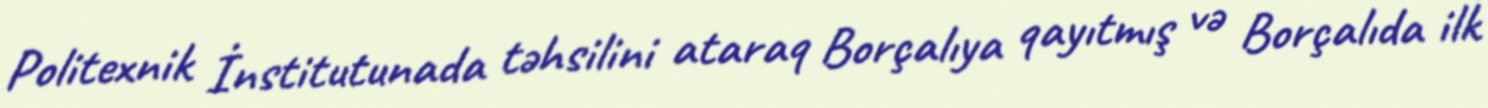
Politexnik İnstitutunada təhsilini ataraq Borçalıya qayıtmış və Borçalıda ilk